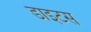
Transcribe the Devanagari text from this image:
डाइटस